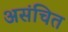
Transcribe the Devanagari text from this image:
असंचित